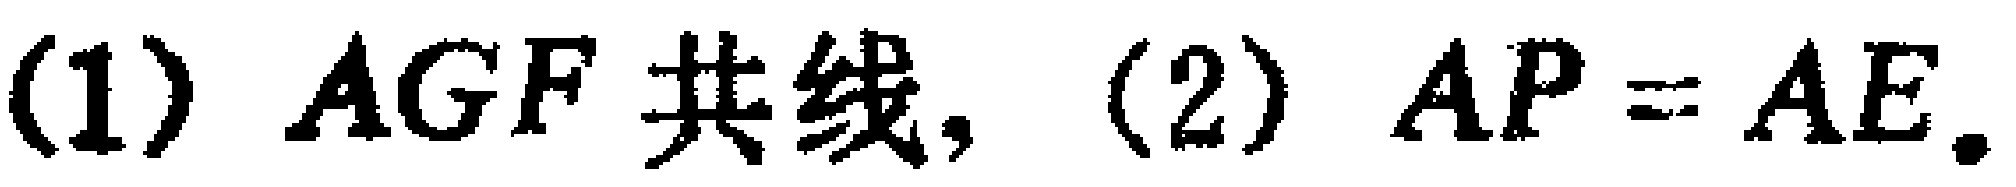
(1) $AGF$共线, (2) $AP = AE$.